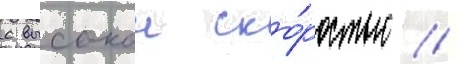
с высокои ско́ростью /